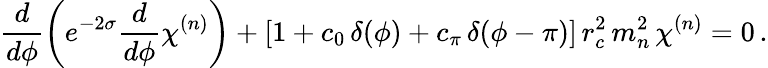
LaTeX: \frac{d}{d\phi}\left(e^{-2\sigma}\frac{d}{d\phi}\chi^{(n)}\right)+[1+c_{0}\, \delta(\phi)+c_{\pi}\, \delta(\phi-\pi)]\, r_{c}^{2}\, m_{n}^{2}\, \chi^{(n)}=0\, .